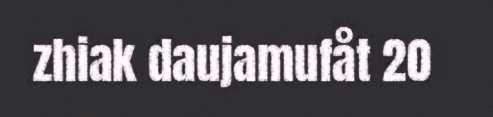
zhiak daujamufåt 20